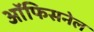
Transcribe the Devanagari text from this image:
ऑफिसनेल